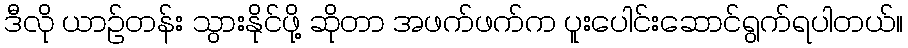
ဒီလို ယာဉ်တန်း သွားနိုင်ဖို့ ဆိုတာ အဖက်ဖက်က ပူးပေါင်းဆောင်ရွက်ရပါတယ်။